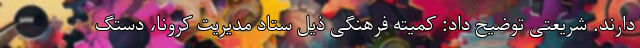
دارند. شریعتی توضیح داد: کمیته فرهنگی ذیل ستاد مدیریت کرونا، دستگ